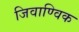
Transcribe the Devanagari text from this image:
जिवाण्विक